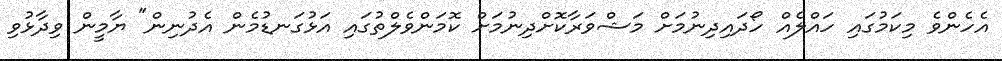
އެހެންވެ މިކަމުގައި ހައްލެއް ހޯދައިދިނުމަށް މަޝްވަރާކޮށްދިނުމަށް ކޮމަންވެލްތުގައި އަޅުގަނޑުމެން އެދުނިން" ޔާމީން ވިދާޅުވި